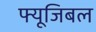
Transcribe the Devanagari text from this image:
फ्यूजिबल